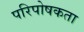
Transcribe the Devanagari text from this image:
परिपोषकता